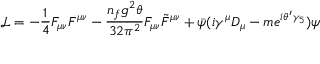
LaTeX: { \mathcal { L } } = - { \frac { 1 } { 4 } } F _ { \mu \nu } F ^ { \mu \nu } - { \frac { n _ { f } g ^ { 2 } \theta } { 3 2 \pi ^ { 2 } } } F _ { \mu \nu } { \tilde { F } } ^ { \mu \nu } + { \bar { \psi } } ( i \gamma ^ { \mu } D _ { \mu } - m e ^ { i \theta ^ { \prime } \gamma _ { 5 } } ) \psi